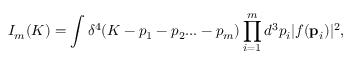
{ \cal I } _ { m } ( K ) = \int \delta ^ { 4 } ( K - p _ { 1 } - p _ { 2 } . . . - p _ { m } ) \prod _ { i = 1 } ^ { m } d ^ { 3 } p _ { i } | f ( { \bf p } _ { i } ) | ^ { 2 } ,